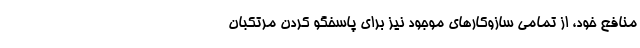
منافع خود، از تمامی سازوکارهای موجود نیز برای پاسخگو کردن مرتکبان